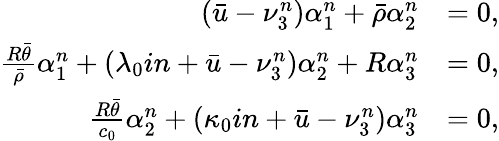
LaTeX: \begin{array}{rl}{(\bar{u}-\nu_{3}^{n})\alpha_{1}^{n}+\bar{\rho}\alpha_{2}^{n}}&{=0,}\\ {\frac{R\bar{\theta}}{\bar{\rho}}\alpha_{1}^{n}+(\lambda_{0}in+\bar{u}-\nu_{3}^{n})\alpha_{2}^{n}+R\alpha_{3}^{n}}&{=0,}\\ {\frac{R\bar{\theta}}{c_{0}}\alpha_{2}^{n}+(\kappa_{0}in+\bar{u}-\nu_{3}^{n})\alpha_{3}^{n}}&{=0,}\end{array}